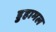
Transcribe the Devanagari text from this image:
डुहामल